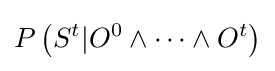
P\left(S^{t}|O^{0}\wedge \cdots \wedge O^{t}\right)